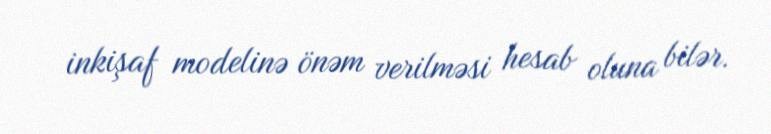
inkişaf modelinə önəm verilməsi hesab oluna bilər.